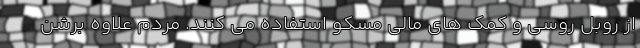
از روبل روسی و کمک های مالی مسکو استفاده می کنند. مردم علاوه برشن